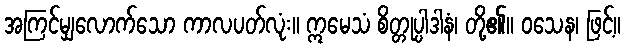
အကြင်မျှလောက်သော ကာလပတ်လုံး။ ဣမေသံ စိတ္တုပ္ပါဒါနံ၊ တို့၏။ ဝသေန၊ ဖြင့်။